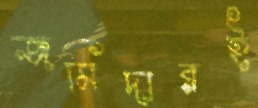
জমিদারই